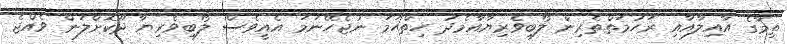
ތިމާގެ އާއިލާއާއި ރަހުމަތްތެރިން ލޯބިވެރިޔާއާމެދު ހިތްހަމަ ނުޖެހޭނަމަ އެއީވެސް ލޯބިވެރިޔާ ދޫކޮށްލަން ވެއްޖެ